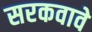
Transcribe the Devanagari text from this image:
सरकवावे